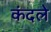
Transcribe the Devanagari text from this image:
कंदले